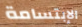
الإبتسامة